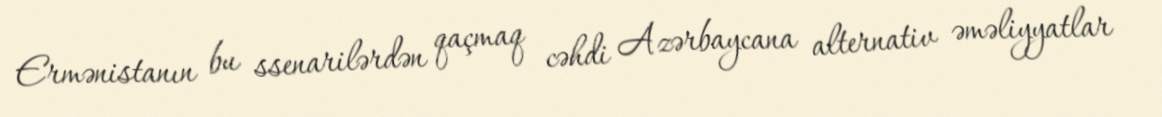
Ermənistanın bu ssenarilərdən qaçmaq cəhdi Azərbaycana alternativ əməliyyatlar